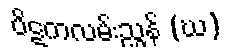
ပိဋကလမ်းညွှန် (ဃ)